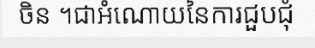
ចិន ។ជាអំណោយនៃការជួបជុំ